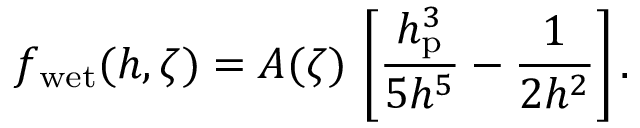
f _ { \mathrm { w e t } } ( h , \zeta ) = A ( \zeta ) \, \left[ \frac { h _ { \mathrm { p } } ^ { 3 } } { 5 h ^ { 5 } } - \frac { 1 } { 2 h ^ { 2 } } \right] .